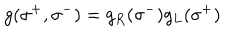
g ( \sigma ^ { + } , \sigma ^ { - } ) = g _ { R } ( \sigma ^ { - } ) g _ { L } ( \sigma ^ { + } )